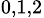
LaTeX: _{0,1,2}